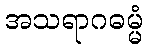
အသရာဂဓမ္မံ